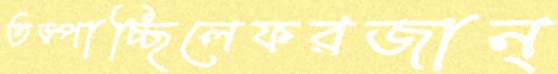
তড়্‌পাচ্ছিলেফরজান্